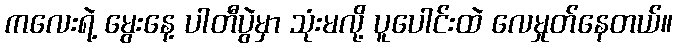
ကလေးရဲ့ မွေးနေ့ ပါတီပွဲမှာ သုံးမလို့ ပူပေါင်းထဲ လေမှုတ်နေတယ်။